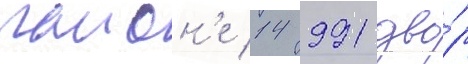
раион'е 14 991 дво́р